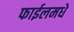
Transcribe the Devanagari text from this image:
फाईलमधे